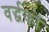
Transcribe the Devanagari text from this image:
वर्द्धकों